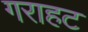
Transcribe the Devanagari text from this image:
गराहट